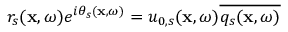
r _ { s } ( \mathbf { x } , \omega ) e ^ { i \theta _ { s } ( \mathbf { x } , \omega ) } = u _ { 0 , s } ( \mathbf { x } , \omega ) \overline { { q _ { s } ( \mathbf { x } , \omega ) } }